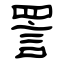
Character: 詈